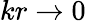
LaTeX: kr\to 0